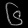
Digit: ၆